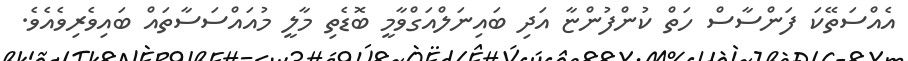
އެއްސަތޭކަ ފަންސާސް ހަތް ކުންފުންޏާ އަދި ބައިނަލްއަގްވާމީ ބޮޑެތި މާލީ މުއައްސަސާތައް ބައިވެރިވެއެވެ.